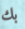
بك